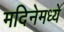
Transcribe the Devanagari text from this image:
मदिनेमध्ये